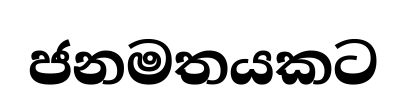
ජනමතයකට